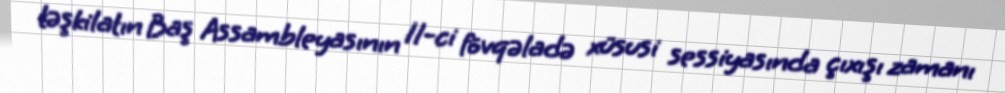
təşkilatın Baş Assambleyasının 11-ci fövqəladə xüsusi sessiyasında çıxışı zamanı